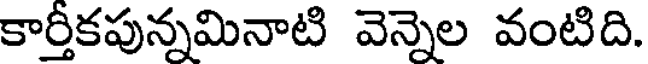
కార్తీకపున్నమినాటి వెన్నెల వంటిది.